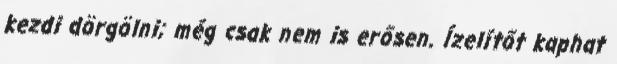
kezdi dörgölni; még csak nem is erősen. Ízelítőt kaphat